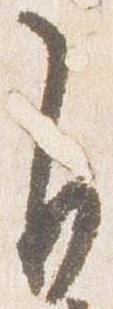
自